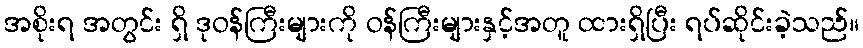
အစိုးရ အတွင်း ရှိ ဒုဝန်ကြီးများကို ဝန်ကြီးများနှင့်အတူ ထားရှိပြီး ရပ်ဆိုင်းခဲ့သည်။